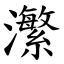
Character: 瀿